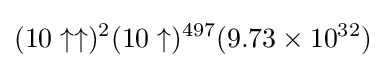
(10\uparrow \uparrow )^{2}(10\uparrow )^{497}(9.73\times 10^{32})